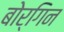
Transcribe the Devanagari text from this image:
बोर्गिन